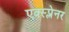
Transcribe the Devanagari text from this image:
एक्स्प्लेनर